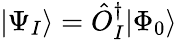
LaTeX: |\Psi_{I}\rangle=\hat{O}_{I}^{\dagger}|\Phi_{0}\rangle